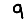
Digit: 9